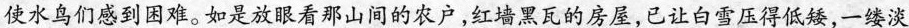
使水鸟们感到困难。如是放眼看那山间的农户，红墙黑瓦的房屋，已让白雪压得低矮，一缕淡